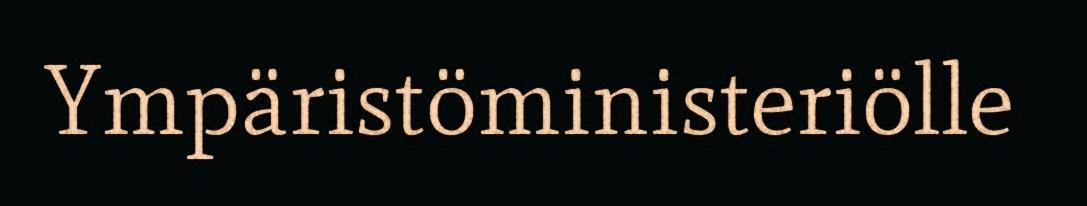
Ympäristöministeriölle